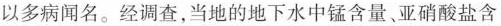
以多病闻名。经调查，当地的地下水中锰含量。亚硝酸盐含